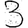
Digit: 3